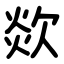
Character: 欻